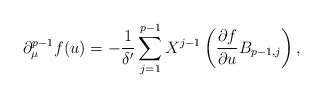
\begin{align*}\partial_{\mu}^{p-1}f(u) = -\frac{1}{\delta'} \sum_{j=1}^{p-1} X^{j-1} \left( \frac{\partial f}{\partial u}B_{p-1,j} \right),\end{align*}